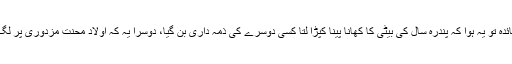
ایک فائدہ تو یہ ہوا کہ پندرہ سال کی بیٹی کا کھانا پینا کپڑا لتا کسی دوسرے کی ذمہ داری بن گیا، دوسرا یہ کہ اولاد محنت مزدوری پر لگ گئی۔